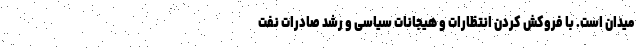
میدان است. با فروکش کردن انتظارات و هیجانات سیاسی و رشد صادرات نفت